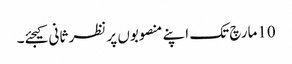
10مارچ تک اپنے منصوبوں پر نظر ثانی کیجئے۔